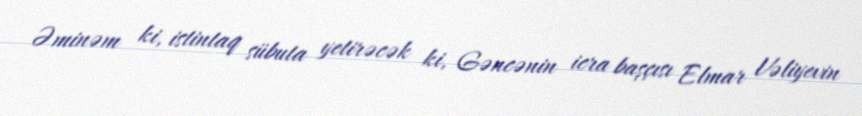
Əminəm ki, istintaq sübuta yetirəcək ki, Gəncənin icra başçısı Elmar Vəliyevin